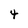
Character: 4